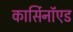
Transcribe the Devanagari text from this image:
कार्सिनॉएड